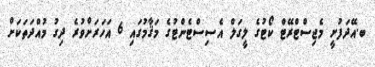
ބ.އޭދަފުށީ މެޖިސްޓްރޭޓް ކޯޓުގެ ލީގަލް އެސިސްޓެންޓުގެ މަޤާމުގައި 6 އަހަރަށްވުރެ ދިގު މުއްދަތަކަށް